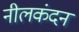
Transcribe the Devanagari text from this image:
नीलकंदन